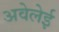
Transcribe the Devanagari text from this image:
अवेलेई